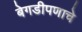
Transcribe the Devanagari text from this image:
बेगडीपणाचे